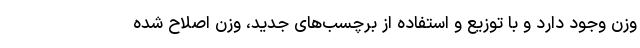
وزن وجود دارد و با توزیع و استفاده از برچسب‌های جدید، وزن اصلاح شده